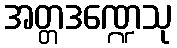
အတ္တဒဏ္ဍေသု